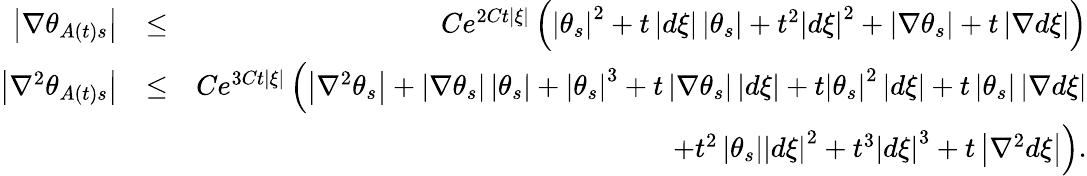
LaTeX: \begin{array}{rlr}{\left\vert\nabla\theta_{A\left(t\right)s}\right\vert}&{\leq}&{Ce^{2Ct\left\vert\xi\right\vert}\left(\left\vert\theta_{s}\right\vert^{2}+t\left\vert d\xi\right\vert\left\vert\theta_{s}\right\vert+t^{2}\left\vert d\xi\right\vert^{2}+\left\vert\nabla\theta_{s}\right\vert+t\left\vert\nabla d\xi\right\vert\right)}\\ {\left\vert\nabla^{2}\theta_{A\left(t\right)s}\right\vert}&{\leq}&{Ce^{3Ct\left\vert\xi\right\vert}\left(\left\vert\nabla^{2}\theta_{s}\right\vert+\left\vert\nabla\theta_{s}\right\vert\left\vert\theta_{s}\right\vert+\left\vert\theta_{s}\right\vert^{3}+t\left\vert\nabla\theta_{s}\right\vert\left\vert d\xi\right\vert+t\left\vert\theta_{s}\right\vert^{2}\left\vert d\xi\right\vert+t\left\vert\theta_{s}\right\vert\left\vert\nabla d\xi\right\vert\right.}\\ &{}&{\left.+t^{2}\left\vert\theta_{s}\right\vert\left\vert d\xi\right\vert^{2}+t^{3}\left\vert d\xi\right\vert^{3}+t\left\vert\nabla^{2}d\xi\right\vert\right).}\end{array}